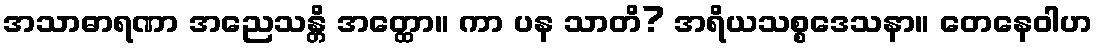
အသာဓာရဏာ အညေသန္တိ အတ္ထော။ ကာ ပန သာတိ? အရိယသစ္စဒေသနာ။ တေနေဝါဟ